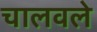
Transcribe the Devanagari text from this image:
चालवले